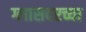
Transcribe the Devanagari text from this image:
ग्लासवरच्या